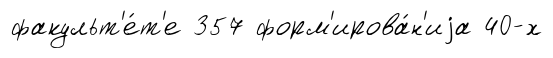
факульт'е́т'е 357 форм'ирова́н'иjа 40-х